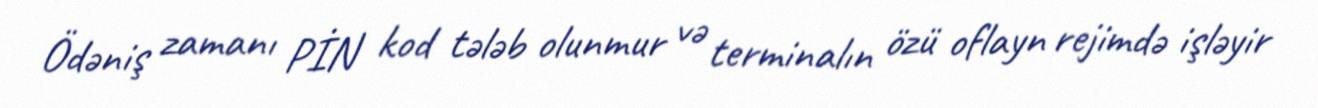
Ödəniş zamanı PİN kod tələb olunmur və terminalın özü oflayn rejimdə işləyir